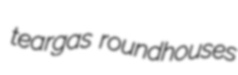
teargas roundhouses